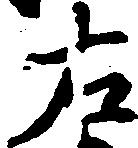
右